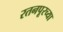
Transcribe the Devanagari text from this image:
रतनपूरच्या